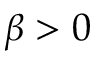
\beta > 0